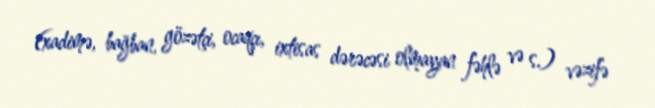
(xadimə, bağban, gözətçi, ocaqçı, ixtisas dərəcəsi olmayan fəhlə və s.) vəzifə